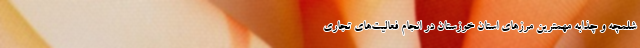
شلمچه و چذابه مهمترین مرزهای استان خوزستان در انجام فعالیت‌های تجاری